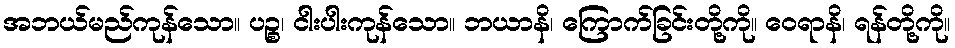
အဘယ်မည်ကုန်သော။ ပဉ္စ၊ ငါးပါးကုန်သော။ ဘယာနိ၊ ကြောက်ခြင်းတို့ကို။ ဝေရာနိ၊ ရန်တို့ကို။